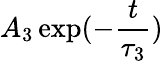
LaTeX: A_{3}\exp(-\frac{t}{\tau_{3}})